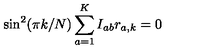
\sin ^ { 2 } ( \pi k / N ) \sum _ { a = 1 } ^ { K } I _ { a b } r _ { a , k } = 0